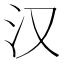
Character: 汉